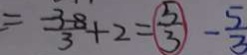
= \frac { - 3 - 8 } { 3 } + 2 = \textcircled { \frac { 5 } { 3 } } - \frac { 5 } { 3 }